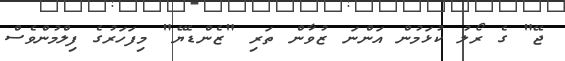
ޖޭ" ގެ ރޯލު ކުޅަމުން އަންނަ ޒުވާން ތަރި "ޒެންޑެޔޭ" މިފަހަރުގެ ފިލްމުންވެސް